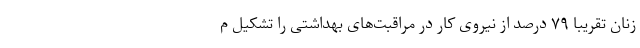
زنان تقریبا ۷۹ درصد از نیروی کار در مراقبت‌های بهداشتی را تشکیل م